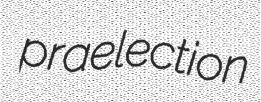
praelection